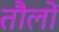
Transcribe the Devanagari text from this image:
तौलों